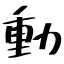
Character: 動